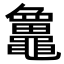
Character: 𪓻